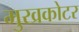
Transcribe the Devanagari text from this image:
मुखकोटर